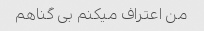
من اعتراف میکنم بی گناهم